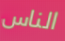
الناس